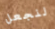
لنجعل